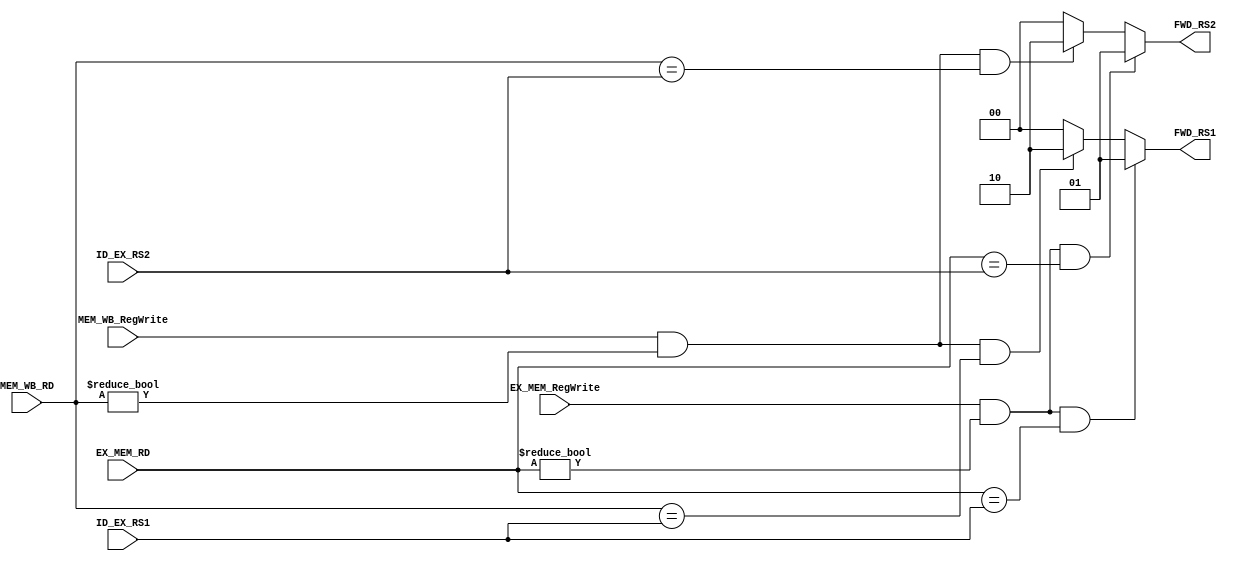
module forwarding_unit(
	input [4:0] ID_EX_RS1,           
	input [4:0] ID_EX_RS2,
	input [4:0] EX_MEM_RD,
	input [4:0] MEM_WB_RD,
	input  EX_MEM_RegWrite,
	input  MEM_WB_RegWrite,
	output reg [1:0] FWD_RS1,
	output reg [1:0] FWD_RS2
);

// output from forwarding unit is select lines for mux
/*
00 - no forwarding
01 - exec stage forwarding
10 - mem stage forwarding
*/
always@(*)
begin
	if(EX_MEM_RegWrite == 1 && EX_MEM_RD != 0 && EX_MEM_RD == ID_EX_RS1)
			FWD_RS1 = 2'b01;
	else if(MEM_WB_RegWrite == 1 && MEM_WB_RD != 0 && MEM_WB_RD == ID_EX_RS1 )
			FWD_RS1 = 2'b10;
	else
		   FWD_RS1 = 2'b00;
	
	if(EX_MEM_RegWrite == 1 && EX_MEM_RD != 0 && EX_MEM_RD == ID_EX_RS2)
			FWD_RS2 = 2'b01;
	else if(MEM_WB_RegWrite == 1 && MEM_WB_RD != 0 && MEM_WB_RD == ID_EX_RS2)
			FWD_RS2 = 2'b10;
	else
		   FWD_RS2 = 2'b00;
	
end
endmodule